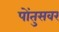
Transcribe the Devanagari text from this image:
पोंतुसवर